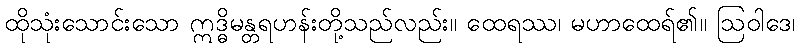
ထိုသုံးသောင်းသော ဣဒ္ဓိမန္တရဟန်းတို့သည်လည်း။ ထေရဿ၊ မဟာထေရ်၏။ ဩဝါဒေ၊